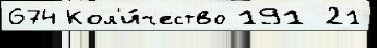
674 Кол'и́чество 191 21